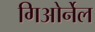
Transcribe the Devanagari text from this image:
गिओर्नेल